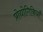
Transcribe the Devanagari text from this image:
प्रोद्योगिकियाँ